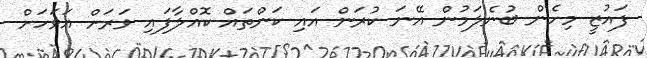
ފައުޒީ މިހެން ބުނެލަމުން އޭނަ ކުރަން އައި ކަންތައް ކޮއްލާފައި ވަރަށް އަވަހަށް